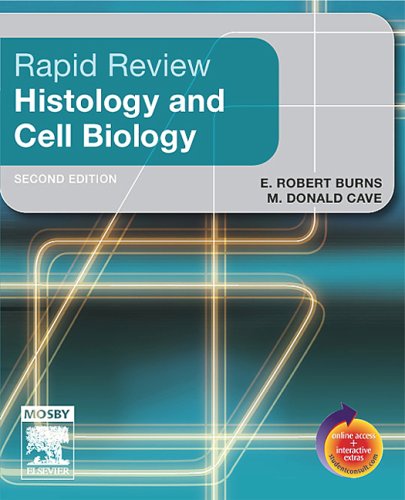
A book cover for Rapid Review Histology and Cell Biology: With STUDENT CONSULT Online Access, 2e; E. Robert Burns PhD; Medical Books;